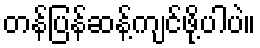
တန်ပြန်ဆန့်ကျင်ဖို့ပါပဲ။